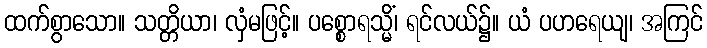
ထက်စွာသော။ သတ္တိယာ၊ လှံမဖြင့်။ ပစ္စောရသ္မိံ၊ ရင်လယ်၌။ ယံ ပဟရေယျ၊ အကြင်